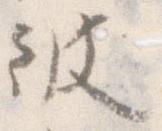
彼